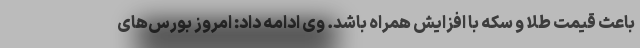
باعث قیمت طلا و سکه با افزایش همراه باشد. وی ادامه داد: امروز بورس‌های